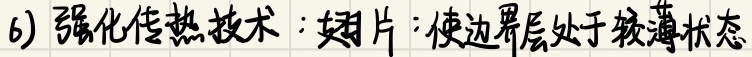
6) 强化传热技术：翅片：使边界层处于较薄状态